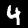
Label: 4